Vaccination in the Punjab 1919-1929 - 1919-1929
Year: 1919
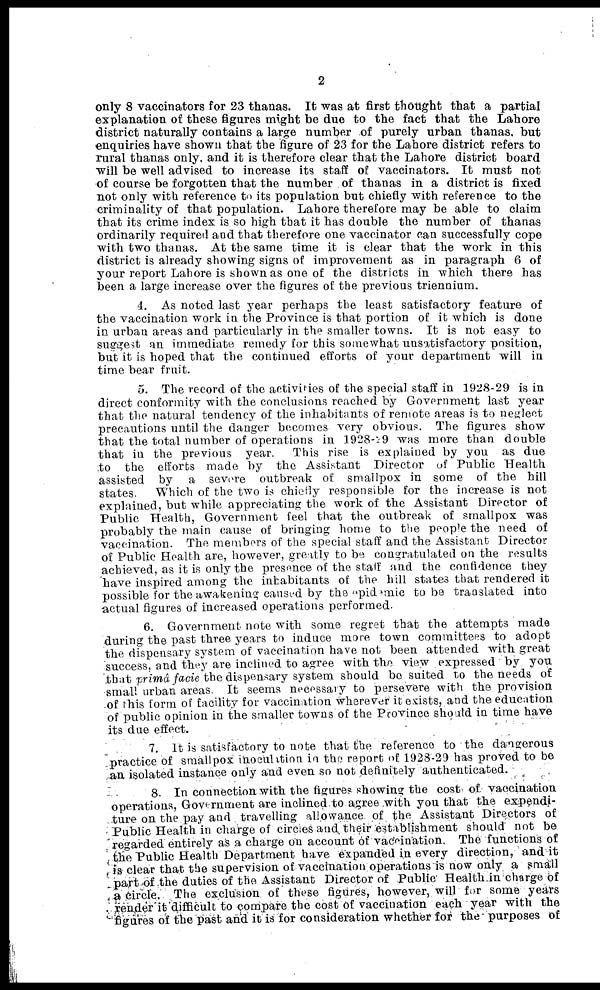
2
only 8 vaccinators for 23 thanas. It was at first thought that a partial
explanation of these figures might be due to the fact that the Lahore
district naturally contains a large number of purely urban thanas, but
enquiries have shown that the figure of 23 for the Lahore district refers to
rural thanas only, and it is therefore clear that the Lahore district board
will be well advised to increase its staff of vaccinators. It must not
of course be forgotten that the number of thanas in a district is fixed
not only with reference to its population but chiefly with reference to the
criminality of that population. Lahore therefore may be able to claim
that its crime index is so high that it has double the number of thanas
ordinarily required and that therefore one vaccinator can successfully cope
with two thanas. At the same time it is clear that the work in this
district is already showing signs of improvement as in paragraph 6 of
your report Lahore is shown as one of the districts in which there has
been a large increase over the figures of the previous triennium.
4. As noted last year perhaps the least satisfactory feature of
the vaccination work in the Province is that portion of it which is done
in urban areas and particularly in the smaller towns. It is not easy to
suggest an immediate remedy for this somewhat unsatisfactory position,
but it is hoped that the continued efforts of your department will in
time bear fruit.
5. The record of the activities of the special staff in 1928-29 is in
direct conformity with the conclusions reached by Government last year
that the natural tendency of the inhabitants of remote areas is to neglect
precautions until the danger becomes very obvious. The figures show
that the total number of operations in 1928-29 was more than double
that in the previous year.
This rise is explained by you as due
to the efforts made by the Assistant Director of Public Health
assisted by a severe outbreak of smallpox in some of the hill
states.
Which of the two is chiefly responsible for the increase is not
explained, but while appreciating the work of the Assistant Director of
Public Health, Government feel that the outbreak of smallpox was
probably the main cause of bringing home to the people the need of
vaccination. The members of the special staff and the Assistant Director
of Public Health are, however, greatly to be congratulated on the results
achieved, as it is only the presence of the staff and the confidence they
have inspired among the inhabitants of the hill states that rendered it
possible for the awakening caused by the epidemic to be translated into
actual figures of increased operations performed.
6. Government note with some regret that the attempts made
during the past three years to induce more town committees to adopt
the dispensary system of vaccination have not been attended with great
success, and they are inclined to agree with the view expressed by you
that primâ facie the dispensary system should be suited to the needs of
small urban areas. It seems necessary to persevere with the provision
of this form of facility for vaccination wherever it exists, and the education
of public opinion in the smaller towns of the Province should in time have
its due effect.
7. It is satisfactory to note that the reference to the dangerous
practice of smallpox inoculation in the report of 1928-29 has proved to be
an isolated instance only and even so not definitely authenticated.
8. In connection with the figures showing the cost of vaccination
operations, Government are inclined to agree with you that the expendi-
ture on the pay and travelling allowance of the Assistant Directors of
Public Health in charge of circles and their establishment should not be
regarded entirely as a charge on account of vaccination. The functions of
the Public Health Department have expanded in every direction, and it
is clear that the supervision of vaccination operations is now only a small
part of the duties of the Assistant Director of Public Health in charge of
a circle. The exclusion of these figures, however, will for some years
render it difficult to compare the cost of vaccination each year with the
figures of the past and it is for consideration whether for the purposes of